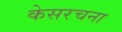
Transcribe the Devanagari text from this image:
केसरचना